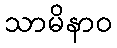
သာမိနာဝ